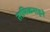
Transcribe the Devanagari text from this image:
तामिळनाडूने